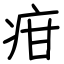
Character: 疳